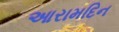
આરામદિન